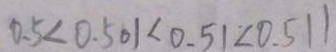
0 . 5 < 0 . 5 0 1 < 0 . 5 1 < 0 . 5 1 1